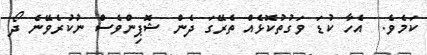
ކަމެވެ.  އެހާ ކުޑަ ވަގުތުކޮޅެއް ތެރޭގަ ދެން ޝޮޕިންވެސްް ނުކުރެވޭނެ ދޯ